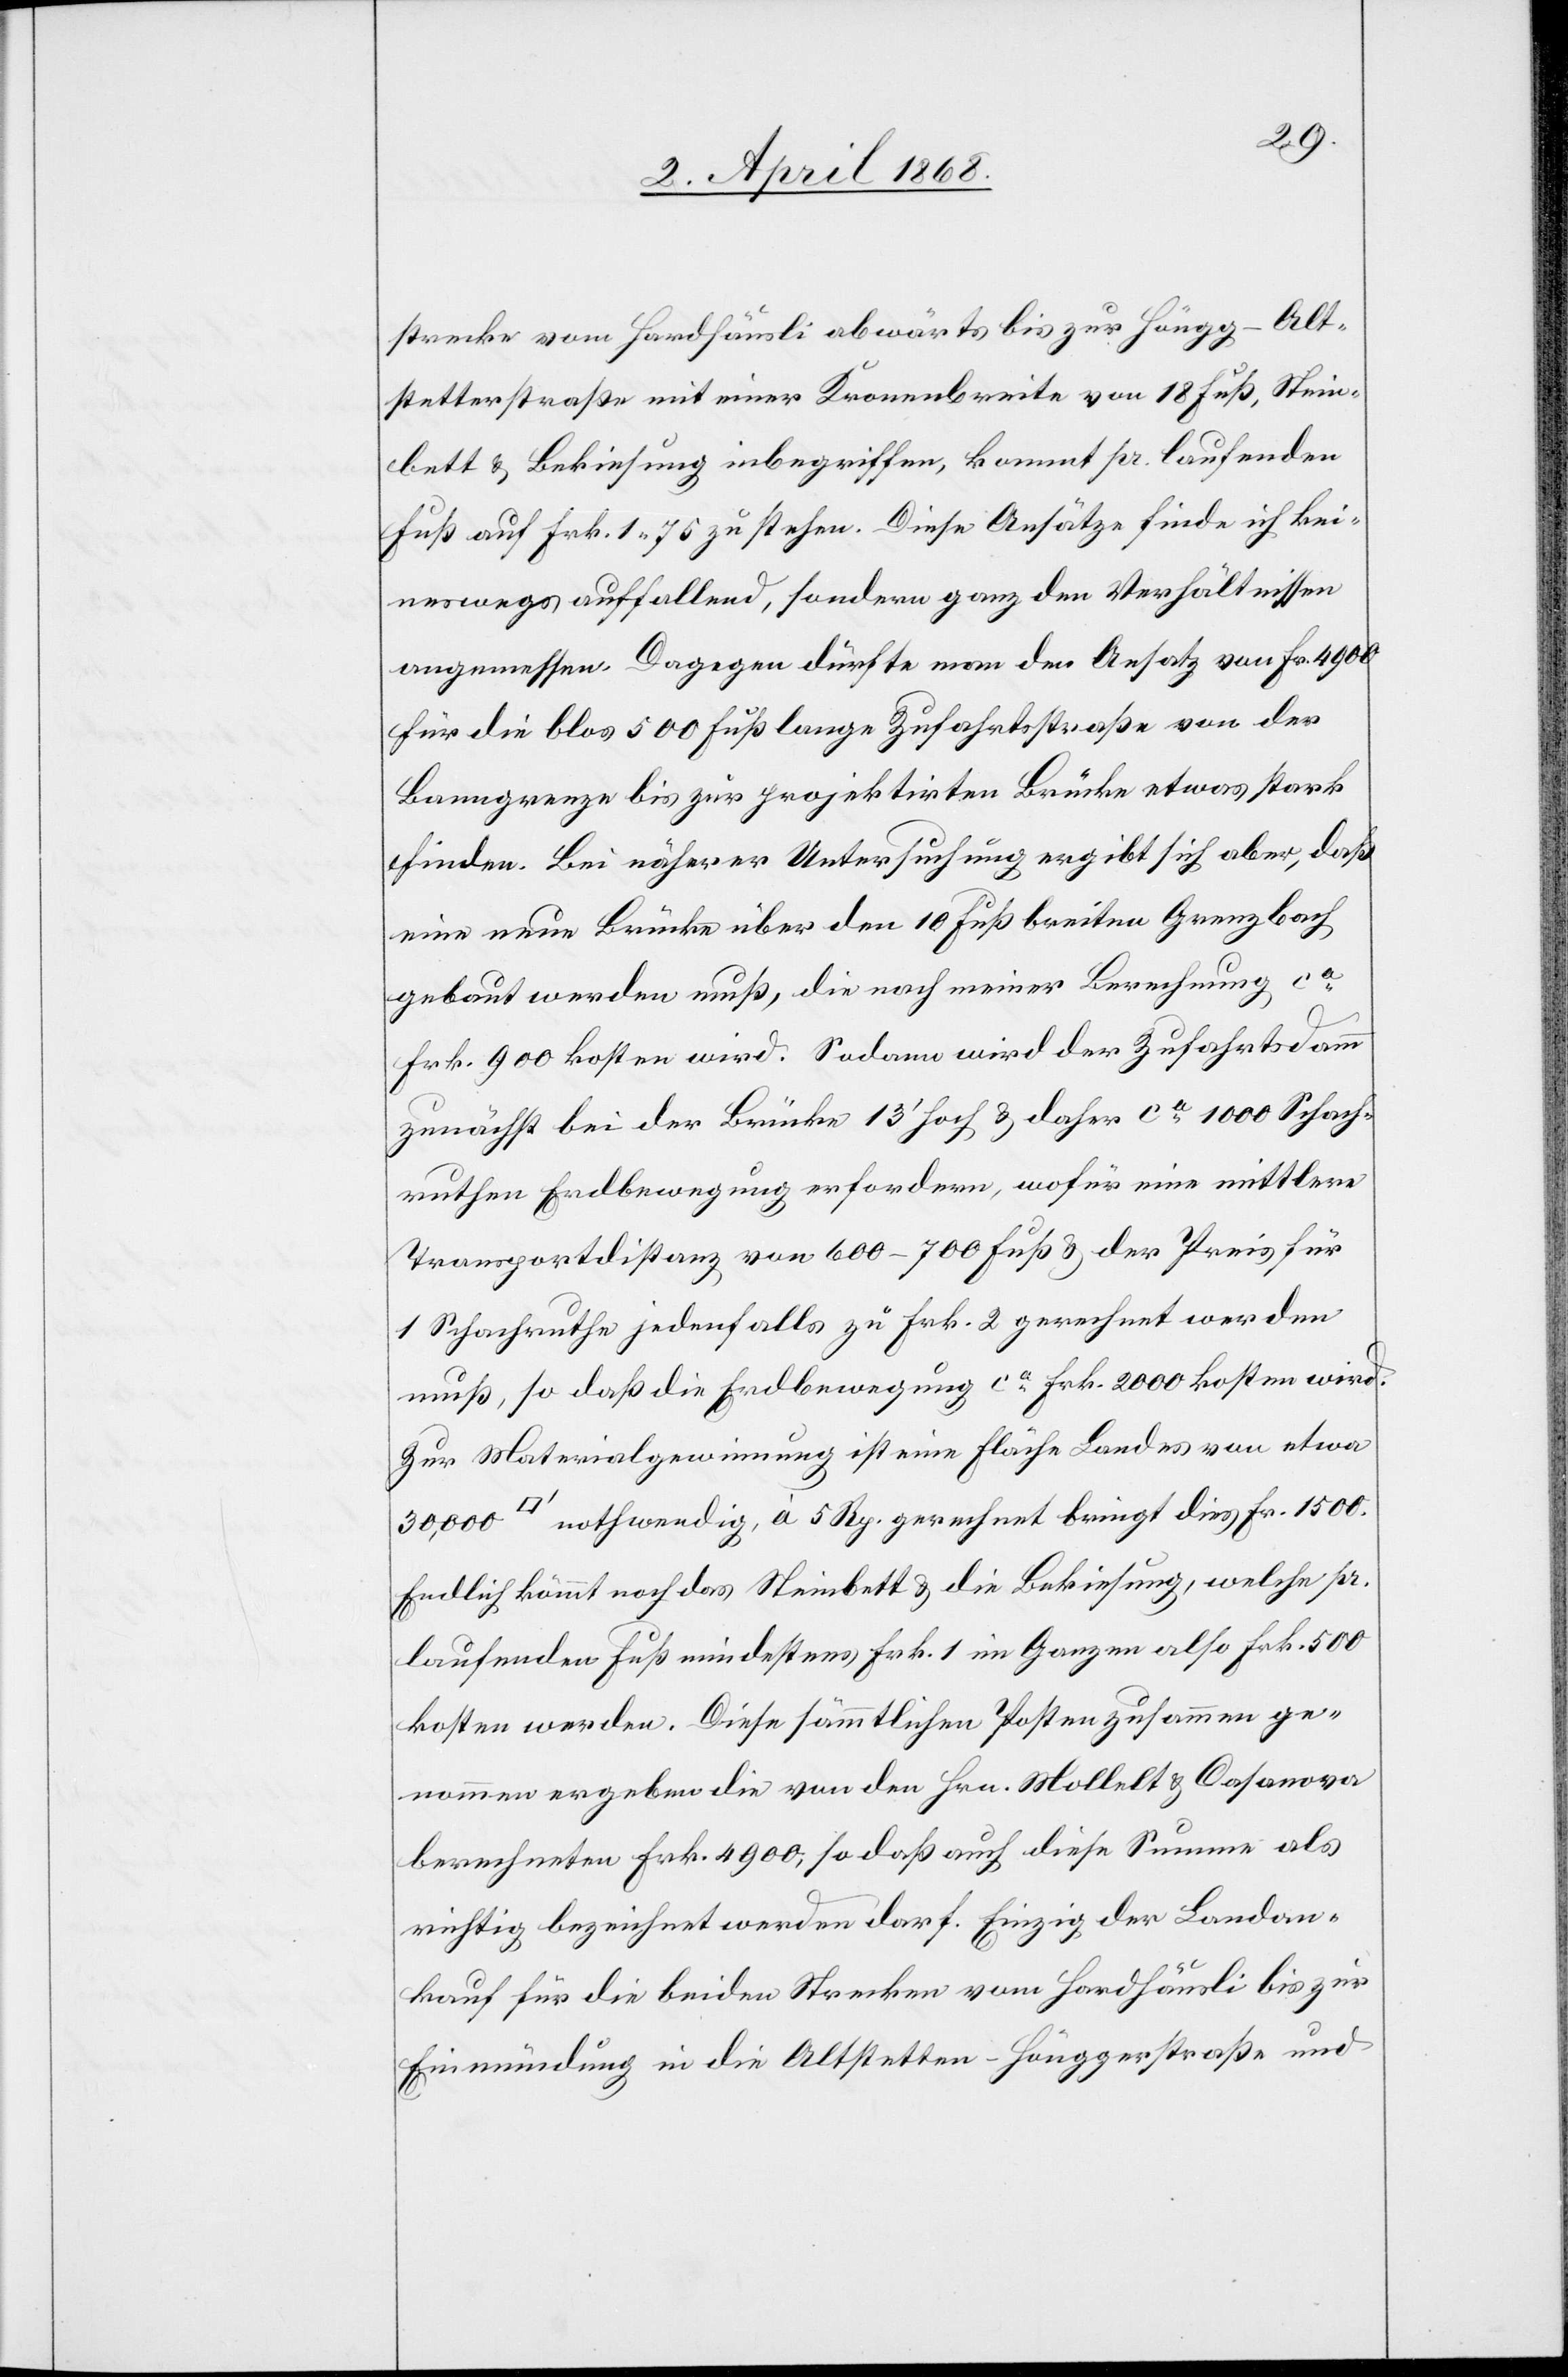
strecke vom Hardhäusli abwärts bis zur Höngg-Alt¬
stetterstraße mit einer Kronenbreite von 18 Fuß, Stein¬
bett & Bekiesung inbegriffen, kommt pr. laufenden
Fuß auf Frk. 1. 75 zu stehen. Diese Ansätze finde ich kei¬
neswegs auffallend, sondern ganz den Verhältnissen
angemessen. Dagegen dürfte man den Ansatz von Fr. 4900
für die blos 500 Fuß lange Zufahrtsstraße von der
Banngrenze bis zur projektirten Brücke etwas stark
finden. Bei näherer Untersuchung ergibt sich aber, daß
eine neue Brücke über den 10 Fuß breiten Grenzbach
gebaut werden muß, die nach meiner Berechnung ca.
Frk. 900 kosten wird. Sodann wird der Zufahrtsdamm
zunächst bei der Brücke 13‘ hoch & daher ca. 1000 Schach¬
ruthen Erdbewegung erfordern, wofür eine mittlere
Transportdistanz von 600–700 Fuß & der Preis für
1 Schachruthe jedenfalls zu Frk. 2 gerechnet werden
muß, so daß die Erdbewegung ca. Frk. 2000 kosten wird.
Zur Materialgewinnung ist eine Fläche Landes von etwa
nothwendig, à 5 Rp. gerechnet bringt dies Fr. 1500.
Endlich kömmt noch das Steinbett & die Bekiesung, welche pr.
laufenden Fuß mindestens Frk. 1 im Ganzen also Frk. 500
kosten werden. Diese sämmtlichen Posten zusammen ge¬
nommen ergeben die von den Hrn. Mollelt [sic!] & Casanova
berechneten Frk. 4900, so daß auch diese Summe als
richtig bezeichnet werden darf. Einzig der Landan¬
kauf für die beiden Strecken vom Hardhäusli bis zur
Einmündung in die Altstetten-Hönggerstraße und